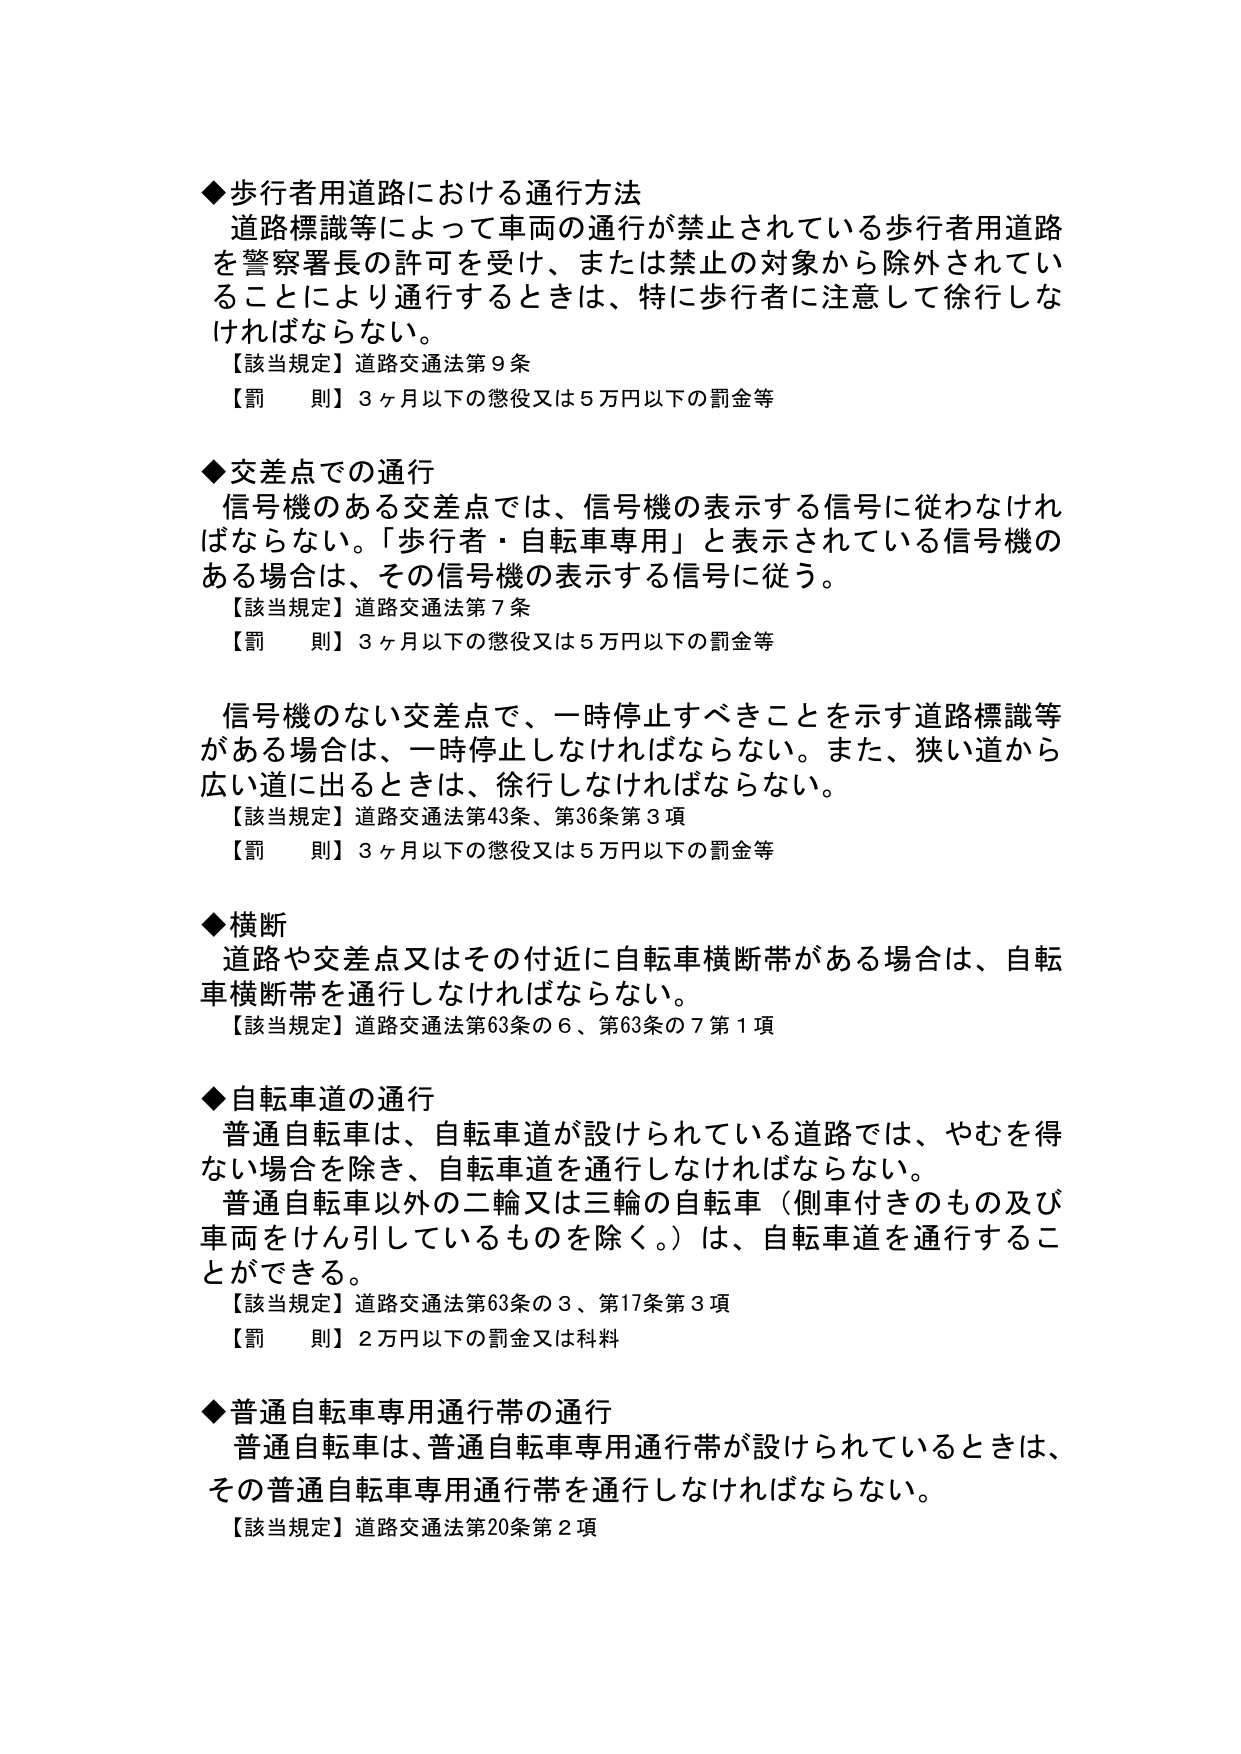
◆歩行者用道路における通行方法
道路標識等によって車両の通行が禁止されている歩行者用道路を警察署長の許可を受け、または禁止の対象から除外されていることにより通行するときは、特に歩行者に注意して徐行しなければならない。
【該当規定】道路交通法第9条
【罰　則】3ヶ月以下の懲役又は5万円以下の罰金等

◆交差点での通行
信号機のある交差点では、信号機の表示する信号に従わなければならない。「歩行者・自転車専用」と表示されている信号機のある場合は、その信号機の表示する信号に従う。
【該当規定】道路交通法第7条
【罰　則】3ヶ月以下の懲役又は5万円以下の罰金等

信号機のない交差点で、一時停止すべきことを示す道路標識等がある場合は、一時停止しなければならない。また、狭い道から広い道に出るときは、徐行しなければならない。
【該当規定】道路交通法第43条、第36条第3項
【罰　則】3ヶ月以下の懲役又は5万円以下の罰金等

◆横断
道路や交差点又はその付近に自転車横断帯がある場合は、自転車横断帯を通行しなければならない。
【該当規定】道路交通法第63条の6、第63条の7第1項

◆自転車道の通行
普通自転車は、自転車道が設けられている道路では、やむを得ない場合を除き、自転車道を通行しなければならない。
普通自転車以外の二輪又は三輪の自転車（側車付きのもの及び車両をけん引しているものを除く。）は、自転車道を通行することができる。
【該当規定】道路交通法第63条の3、第17条第3項
【罰　則】2万円以下の罰金又は科料

◆普通自転車専用通行帯の通行
普通自転車は、普通自転車専用通行帯が設けられているときは、その普通自転車専用通行帯を通行しなければならない。
【該当規定】道路交通法第20条第2項